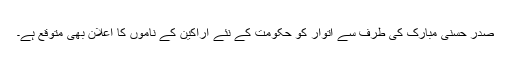
صدر حسنی مبارک کی طرف سے اتوار کو حکومت کے نئے اراکین کے ناموں کا اعلان بھی متوقع ہے۔